Lunatic asylums in Bengal annual reports 1888-1898 - 1888-1898
Year: 1888
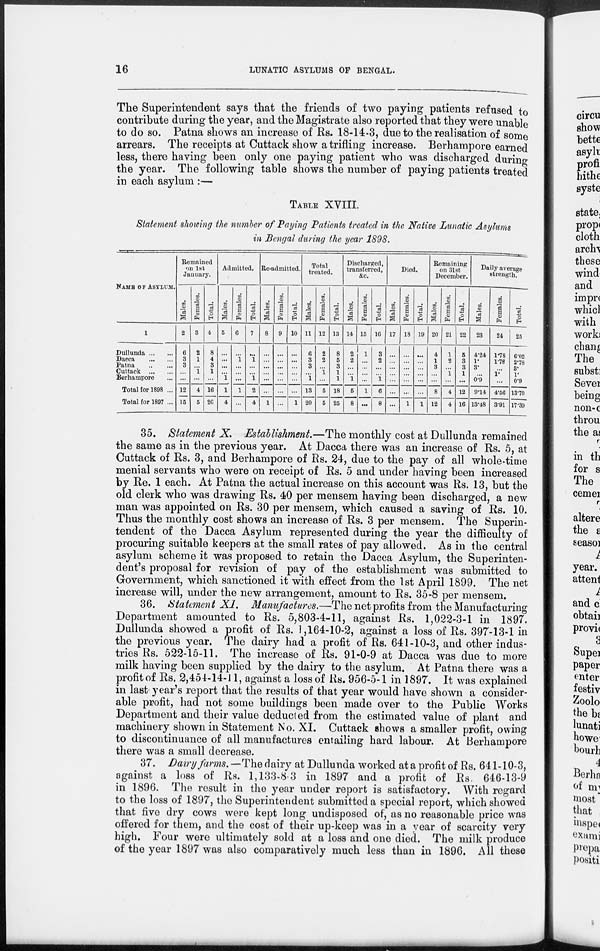
16
LUNATIC ASYLUMS OF BENGAL.
The Superintendent says that the friends of two paying patients refused to
contribute during the year, and the Magistrate also reported that they were unable
to do so. Patna shows an increase of Rs. 18-14-3, due to the realisation of some
arrears. The receipts at Cuttack show a trifling increase. Berhampore earned
less, there having been only one paying patient who was discharged during
the year. The following table shows the number of paying patients treated
in each asylum :—
TABLE XVIII.
Statement showing the number of Paying Patients treated in the Native Lunatic Asylums
in Bengal during the year 1898.
NAME OF ASYLUM.
1
Dullunda
Dacca
Patna
Cuttack
Berhampore ...
Total for 1898 ...
Total for 1897 ...
Remained
on 1st
January.
Males.
2
6
3
3
...
...
12
15
Females.
3
2
1
...
1
...
4
5
Total.
4
8
4
3
1
...
16
20
Admitted.
Males.
5
...
...
...
...
1
1
4
Females.
6
...
1
...
...
...
1
...
Total.
7
...
1
...
...
1
2
4
Re-admitted.
Males.
8
...
...
...
...
...
...
1
Females.
9
...
...
...
...
...
...
...
Total.
10
...
...
...
...
...
...
1
Total
treated.
Males.
11
6
3
3
...
1
13
20
Females.
12
2
2
...
1
...
5
5
Total.
13
8
5
3
1
1
18
25
Discharged,
transferred,
&c.
Males.
14
2
2
...
...
1
5
8
Females.
15
1
...
...
...
...
1
...
Total.
16
3
2
...
...
1
6
8
Died.
Males.
17
...
...
...
...
...
...
...
Females.
18
...
...
...
...
...
...
1
Total.
19
...
...
...
...
...
...
1
Remaining
on 31st
December.
Males.
20
4
1
3
...
...
8
12
Females.
21
1
2
...
1
4
4
Total.
22
5
3
3
1
...
12
16
Daily average
strength.
Males.
23
4.24
1.
3.
...
0.9
9.14
13.48
Females.
24
1.78
1.78
...
1. ...
4.56
3.91
Total.
25
6.02
2.78
3.
1.
0.9
13.70
17.39
35. Statement X. Establishment.—The monthly cost at Dullunda remained
the same as in the previous year. At Dacca there was an increase of Rs. 5, at
Cuttack of Rs. 3, and Berhampore of Rs. 24, due to the pay of all whole-time
menial servants who were on receipt of Rs. 5 and under having been increased
by Re. 1 each. At Patna the actual increase on this account was Rs. 13, but the
old clerk who was drawing Rs. 40 per mensem having been discharged, a new
man was appointed on Rs. 30 per mensem, which caused a saving of Rs. 10.
Thus the monthly cost shows an increase of Rs. 3 per mensem. The Superin-
tendent of the Dacca Asylum represented during the year the difficulty of
procuring suitable keepers at the small rates of pay allowed. As in the central
asylum scheme it was proposed to retain the Dacca Asylum, the Superinten-
dent's proposal for revision of pay of the establishment was submitted to
Government, which sanctioned it with effect from the 1st April 1899. The net
increase will, under the new arrangement, amount to Rs. 35-8 per mensem.
36. Statement XI. Manufactures.—The net profits from the Manufacturing
Department amounted to Rs. 5,803-4-11, against Rs. 1,022-3-1 in 1897.
Dullunda showed a profit of Rs. 1,164-10-2, against a loss of Rs. 397-13-1 in
the previous year. The dairy had a profit of Rs. 641-10-3, and other indus-
tries Rs. 522-15-11. The increase of Rs. 91-0-9 at Dacca was due to more
milk having been supplied by the dairy to the asylum. At Patna there was a
profit of Rs. 2,454-14-11, against a loss of Rs. 956-5-1 in 1897. It was explained
in last year's report that the results of that year would have shown a consider-
able profit, had not some buildings been made over to the Public Works
Department and their value deducted from the estimated value of plant and
machinery shown in Statement No. XI. Cuttack shows a smaller profit, owing
to discontinuance of all manufactures entailing hard labour. At Berhampore
there was a small decrease.
37. Dairy farms.—The dairy at Dullunda worked at a profit of Rs. 641-10-3,
against a loss of Rs. 1,133-8-3 in 1897 and a profit of Rs. 646-13-9
in 1896. The result in the year under report is satisfactory. With regard
to the loss of 1897, the Superintendent submitted a special report, which showed
that five dry cows were kept long undisposed of, as no reasonable price was
offered for them, and the cost of their up-keep was in a year of scarcity very
high. Four were ultimately sold at a loss and one died. The milk produce
of the year 1897 was also comparatively much less than in 1896. All these